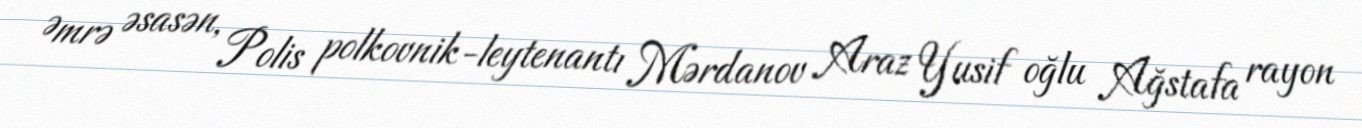
Əmrə əsasən, Polis polkovnik-leytenantı Mərdanov Araz Yusif oğlu Ağstafa rayon